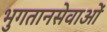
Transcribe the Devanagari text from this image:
भुगतानसेवाओं